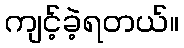
ကျင့်ခဲ့ရတယ်။